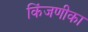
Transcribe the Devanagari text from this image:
किंजणीका